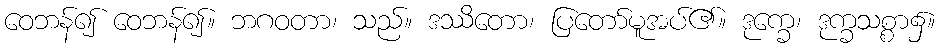
ဝေဘန်၍ ဝေဘန်၍။ ဘဂဝတာ၊ သည်။ ဒဿိတော၊ ပြတော်မူအပ်၏။ ဒုက္ခေ၊ ဒုက္ခသစ္စာ၌။